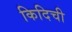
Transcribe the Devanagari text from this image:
किदिची